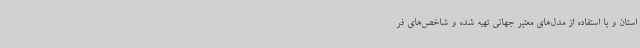
استان و با استفاده از مدل‌های معتبر جهانی تهیه شده و شاخص‌های ‌فر